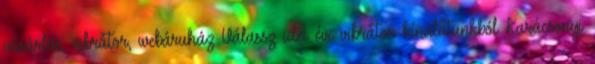
vásárlás, vibrátor, webáruház Válassz idei évi vibrátor kínálatunkból Karácsonyi